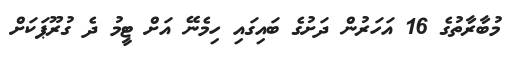
މުބާރާތުގެ 16 އަހަރުން ދަށުގެ ބައިގައި ހިމެނޭ އަށް ޓީމު ދެ ގުރޫޕަކަށް